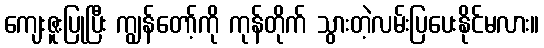
ကျေးဇူးပြုပြီး ကျွန်တော့်ကို ကုန်တိုက် သွားတဲ့လမ်းပြပေးနိုင်မလား။